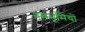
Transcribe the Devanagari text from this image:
नमभूमियों